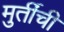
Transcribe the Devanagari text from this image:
मुर्तींची